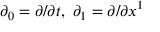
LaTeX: \partial _ { 0 } = \partial / \partial t , \ \partial _ { 1 } = \partial / \partial x ^ { 1 }